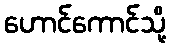
ဟောင်ကောင်သို့